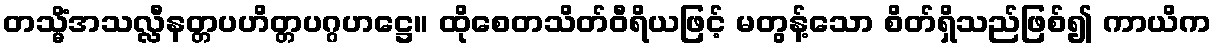
တသ္မိံအသလ္လီနတ္တပဟိတ္တပဂ္ဂဟဋ္ဌေ။ ထိုစေတသိတ်ဝီရိယဖြင့် မတွန့်သော စိတ်ရှိသည်ဖြစ်၍ ကာယိက